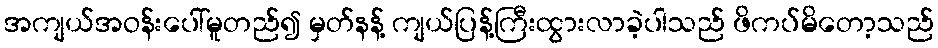
အကျယ်အဝန်းပေါ်မူတည်၍ မှတ်နန့် ကျယ်ပြန့်ကြီးထွားလာခဲ့ပါသည် ဖိကပ်မိတော့သည်